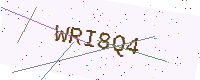
Text: WRI8Q4